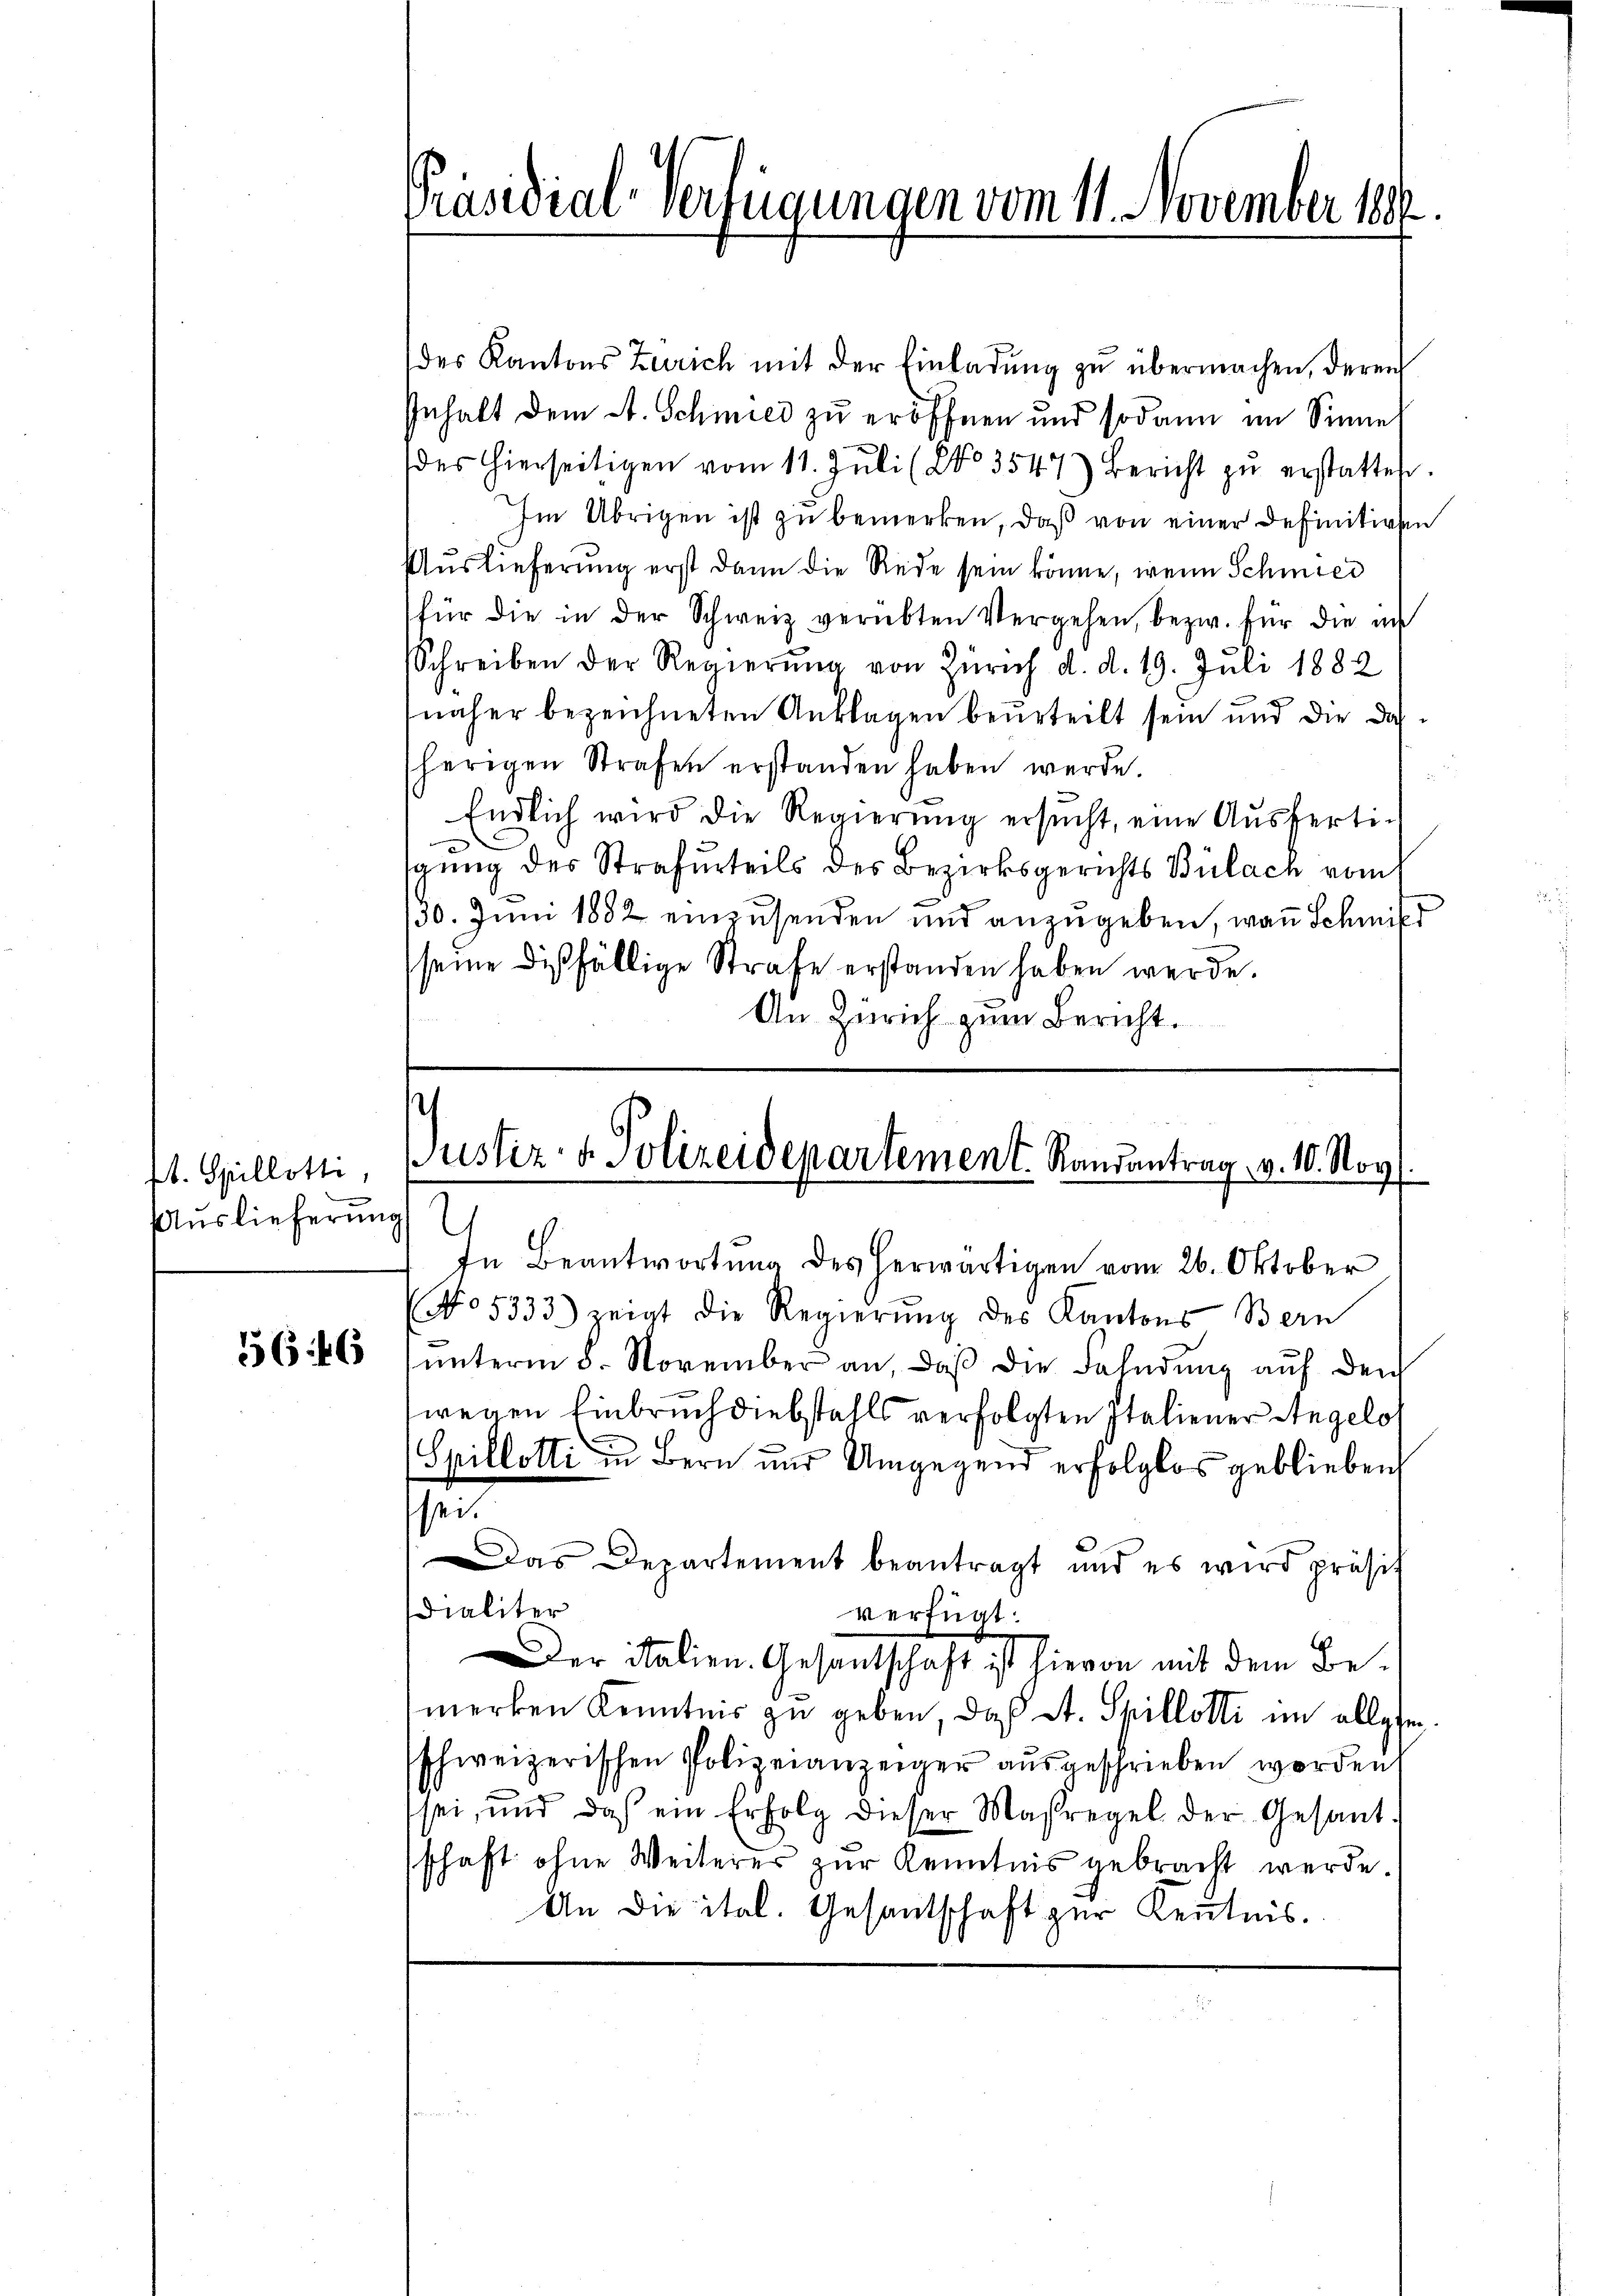
b. Spillotti,
Auslieferung

1646

Präsidial-Verfügungen vom 11. November 1882

des Kantons Zürich mit der Einladŭng zu übermachen, deren
Inhalt dem A. Schmied zu eröffnen und sodann im Sinner
des hierseitigen vom 11. Jŭli (No 3547) Bericht zŭ erstattet.
Im Übrigen ist zu bemerken, daß von einer definitiven
Auslieferung erst dann die Rede sein könne, wenn Schmied
für die in der Schweiz verübten Vergehen, bezw. für die in
Schreiben der Regierŭng von Zürich d. d. 19. Juli 1882
näher bezeichneten Anklagen beurteilt sein und die das
herigen Strafen erstanden haben werde
Endlich wird die Regierŭng ersŭcht, eine Aŭsferti-
gŭng des Strafurteils des Bezirksgerichts Bülach vom
130. Juni 1882 einzusenden und anzugeben, wan Schmitt
seine dießfällige Strafe erstanden haben werde.
An Zürich zum Bericht.

u
Justiz- & Polizeidepartement. Randantrag v. 10. Nov

In Beantwortung des herwärtigen vom 26. Oktober
No 5333) wigt die Regierŭng des Kantons Bern
ŭnterm 8. November an, daβ die Fahndŭng auf den
wegen Einbruch diebstahls verfolgten Italiener Angelo
Spillotti in Bern und Umgegend erfolglos geblieben
sei.
Das Departement beantragt und es wird präsit
Dialiter
verfügt:
er Italien. Gesandtschaft ist hievon mit dem Bemerken Kenntnis zu geben, daß A. Spilletti im allge
sschweizerischen Polizeianzeiger aŭsgeschrieben worden,
sei, und daß ein Erfolg dieser Maßregel der Gesant-
schaft ohne Weiteres zur Kenntnis gebracht werde.
An die ital. Gesantschaft zur Kenntnis.